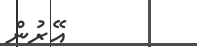
އޭރުން